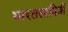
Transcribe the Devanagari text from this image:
भारतसावित्री